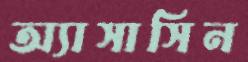
অ্যাসাসিন